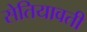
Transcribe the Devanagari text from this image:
सेतियावती